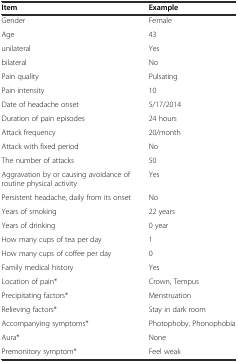
<table><thead><tr><td><b>Item</b></td><td><b>Example</b></td></tr></thead><tbody><tr><td>Gender</td><td>Female</td></tr><tr><td>Age</td><td>43</td></tr><tr><td>unilateral</td><td>Yes</td></tr><tr><td>bilateral</td><td>No</td></tr><tr><td>Pain quality</td><td>Pulsating</td></tr><tr><td>Pain intensity</td><td>10</td></tr><tr><td>Date of headache onset</td><td>5/17/2014</td></tr><tr><td>Duration of pain episodes</td><td>24 hours</td></tr><tr><td>Attack frequency</td><td>20/month</td></tr><tr><td>Attack with fixed period</td><td>No</td></tr><tr><td>The number of attacks</td><td>50</td></tr><tr><td>Aggravation by or causing avoidance of routine physical activity</td><td>Yes</td></tr><tr><td>Persistent headache, daily from its onset</td><td>No</td></tr><tr><td>Years of smoking</td><td>22 years</td></tr><tr><td>Years of drinking</td><td>0 year</td></tr><tr><td>How many cups of tea per day</td><td>1</td></tr><tr><td>How many cups of coffee per day</td><td>0</td></tr><tr><td>Family medical history</td><td>Yes</td></tr><tr><td>Location of pain*</td><td>Crown, Tempus</td></tr><tr><td>Precipitating factors*</td><td>Menstruation</td></tr><tr><td>Relieving factors*</td><td>Stay in dark room</td></tr><tr><td>Accompanying symptoms*</td><td>Photophoby, Phonophobia</td></tr><tr><td>Aura*</td><td>None</td></tr><tr><td>Premonitory symptom*</td><td>Feel weak</td></tr></tbody></table>